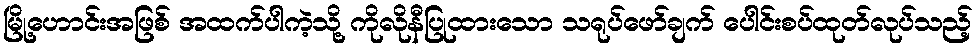
မြို့ဟောင်းအဖြစ် အထက်ပါကဲ့သို့ ကိုလိုနီပြုထားသော သရုပ်ဖော်ချက် ပေါင်းစပ်ထုတ်လုပ်သည့်